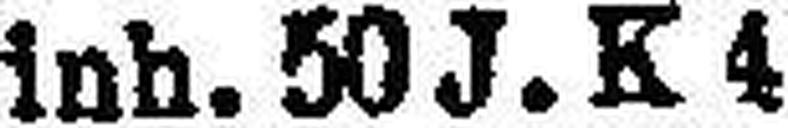
inh. 50 J. K 4